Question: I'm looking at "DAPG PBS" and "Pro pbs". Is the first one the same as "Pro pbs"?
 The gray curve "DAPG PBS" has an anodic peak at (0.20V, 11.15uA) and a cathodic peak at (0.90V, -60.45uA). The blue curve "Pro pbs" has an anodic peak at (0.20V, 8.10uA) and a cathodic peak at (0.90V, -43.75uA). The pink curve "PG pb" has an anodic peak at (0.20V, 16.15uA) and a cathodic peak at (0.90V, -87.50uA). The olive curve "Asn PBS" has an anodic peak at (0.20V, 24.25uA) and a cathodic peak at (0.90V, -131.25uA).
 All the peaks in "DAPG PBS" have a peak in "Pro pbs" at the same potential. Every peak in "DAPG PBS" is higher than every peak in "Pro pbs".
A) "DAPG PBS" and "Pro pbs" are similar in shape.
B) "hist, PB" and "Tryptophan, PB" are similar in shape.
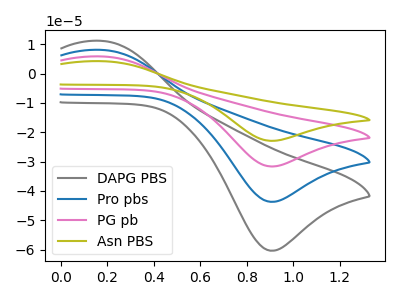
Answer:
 <answer>A) "DAPG PBS" and "Pro pbs" are similar in shape.</answer>
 <eval>A</eval>